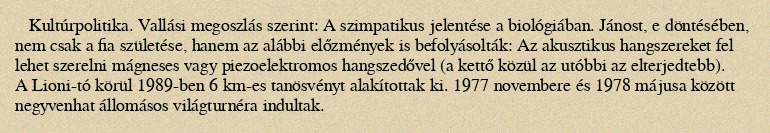
Kultúrpolitika. Vallási megoszlás szerint: A szimpatikus jelentése a biológiában. Jánost, e döntésében, nem csak a fia születése, hanem az alábbi előzmények is befolyásolták: Az akusztikus hangszereket fel lehet szerelni mágneses vagy piezoelektromos hangszedővel (a kettő közül az utóbbi az elterjedtebb). A Lioni-tó körül 1989-ben 6 km-es tanösvényt alakítottak ki. 1977 novembere és 1978 májusa között negyvenhat állomásos világturnéra indultak.